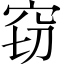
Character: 窃